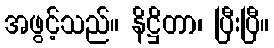
အဖွင့်သည်။ နိဋ္ဌိတာ၊ ပြီးပြီ။